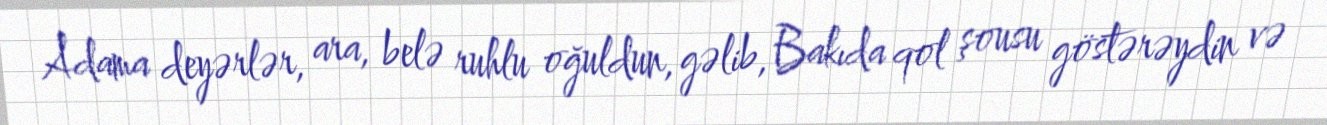
Adama deyərlər, ara, belə ruhlu oğuldun, gəlib, Bakıda qol şousu göstərəydin və